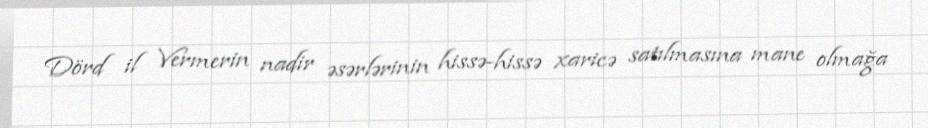
Dörd il Vermerin nadir əsərlərinin hissə-hissə xaricə satılmasına mane olmağa